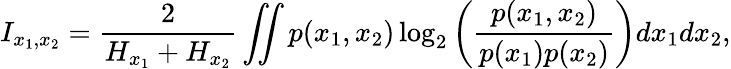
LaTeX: I_{x_{1},x_{2}}=\frac{2}{H_{x_{1}}+H_{x_{2}}}\iint p(x_{1},x_{2})\log_{2}\left(\frac{p(x_{1},x_{2})}{p(x_{1})p(x_{2})}\right)dx_{1}dx_{2},